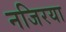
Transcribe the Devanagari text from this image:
नजिरया